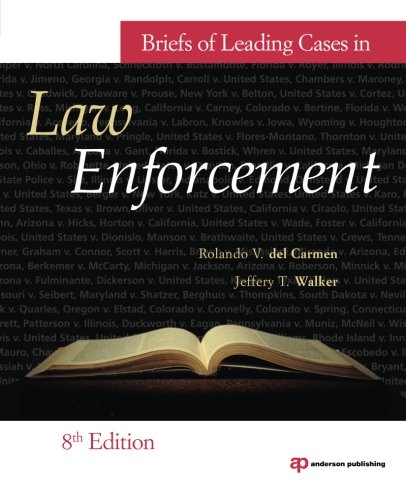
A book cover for Briefs of Leading Cases in Law Enforcement; Rolando V. del Carmen; Law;